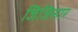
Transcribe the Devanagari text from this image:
जिजिसार